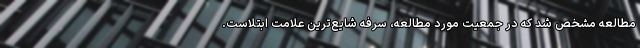
مطالعه مشخص شد که در جمعیت مورد مطالعه، سرفه شایع‌ترین علامت ابتلاست.